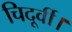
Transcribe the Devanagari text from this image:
चिदूर्वी।